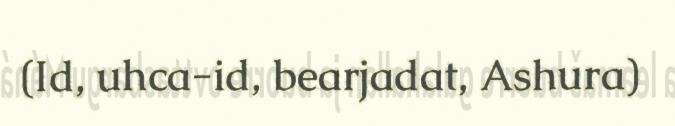
(Id, uhca-id, bearjadat, Ashura)